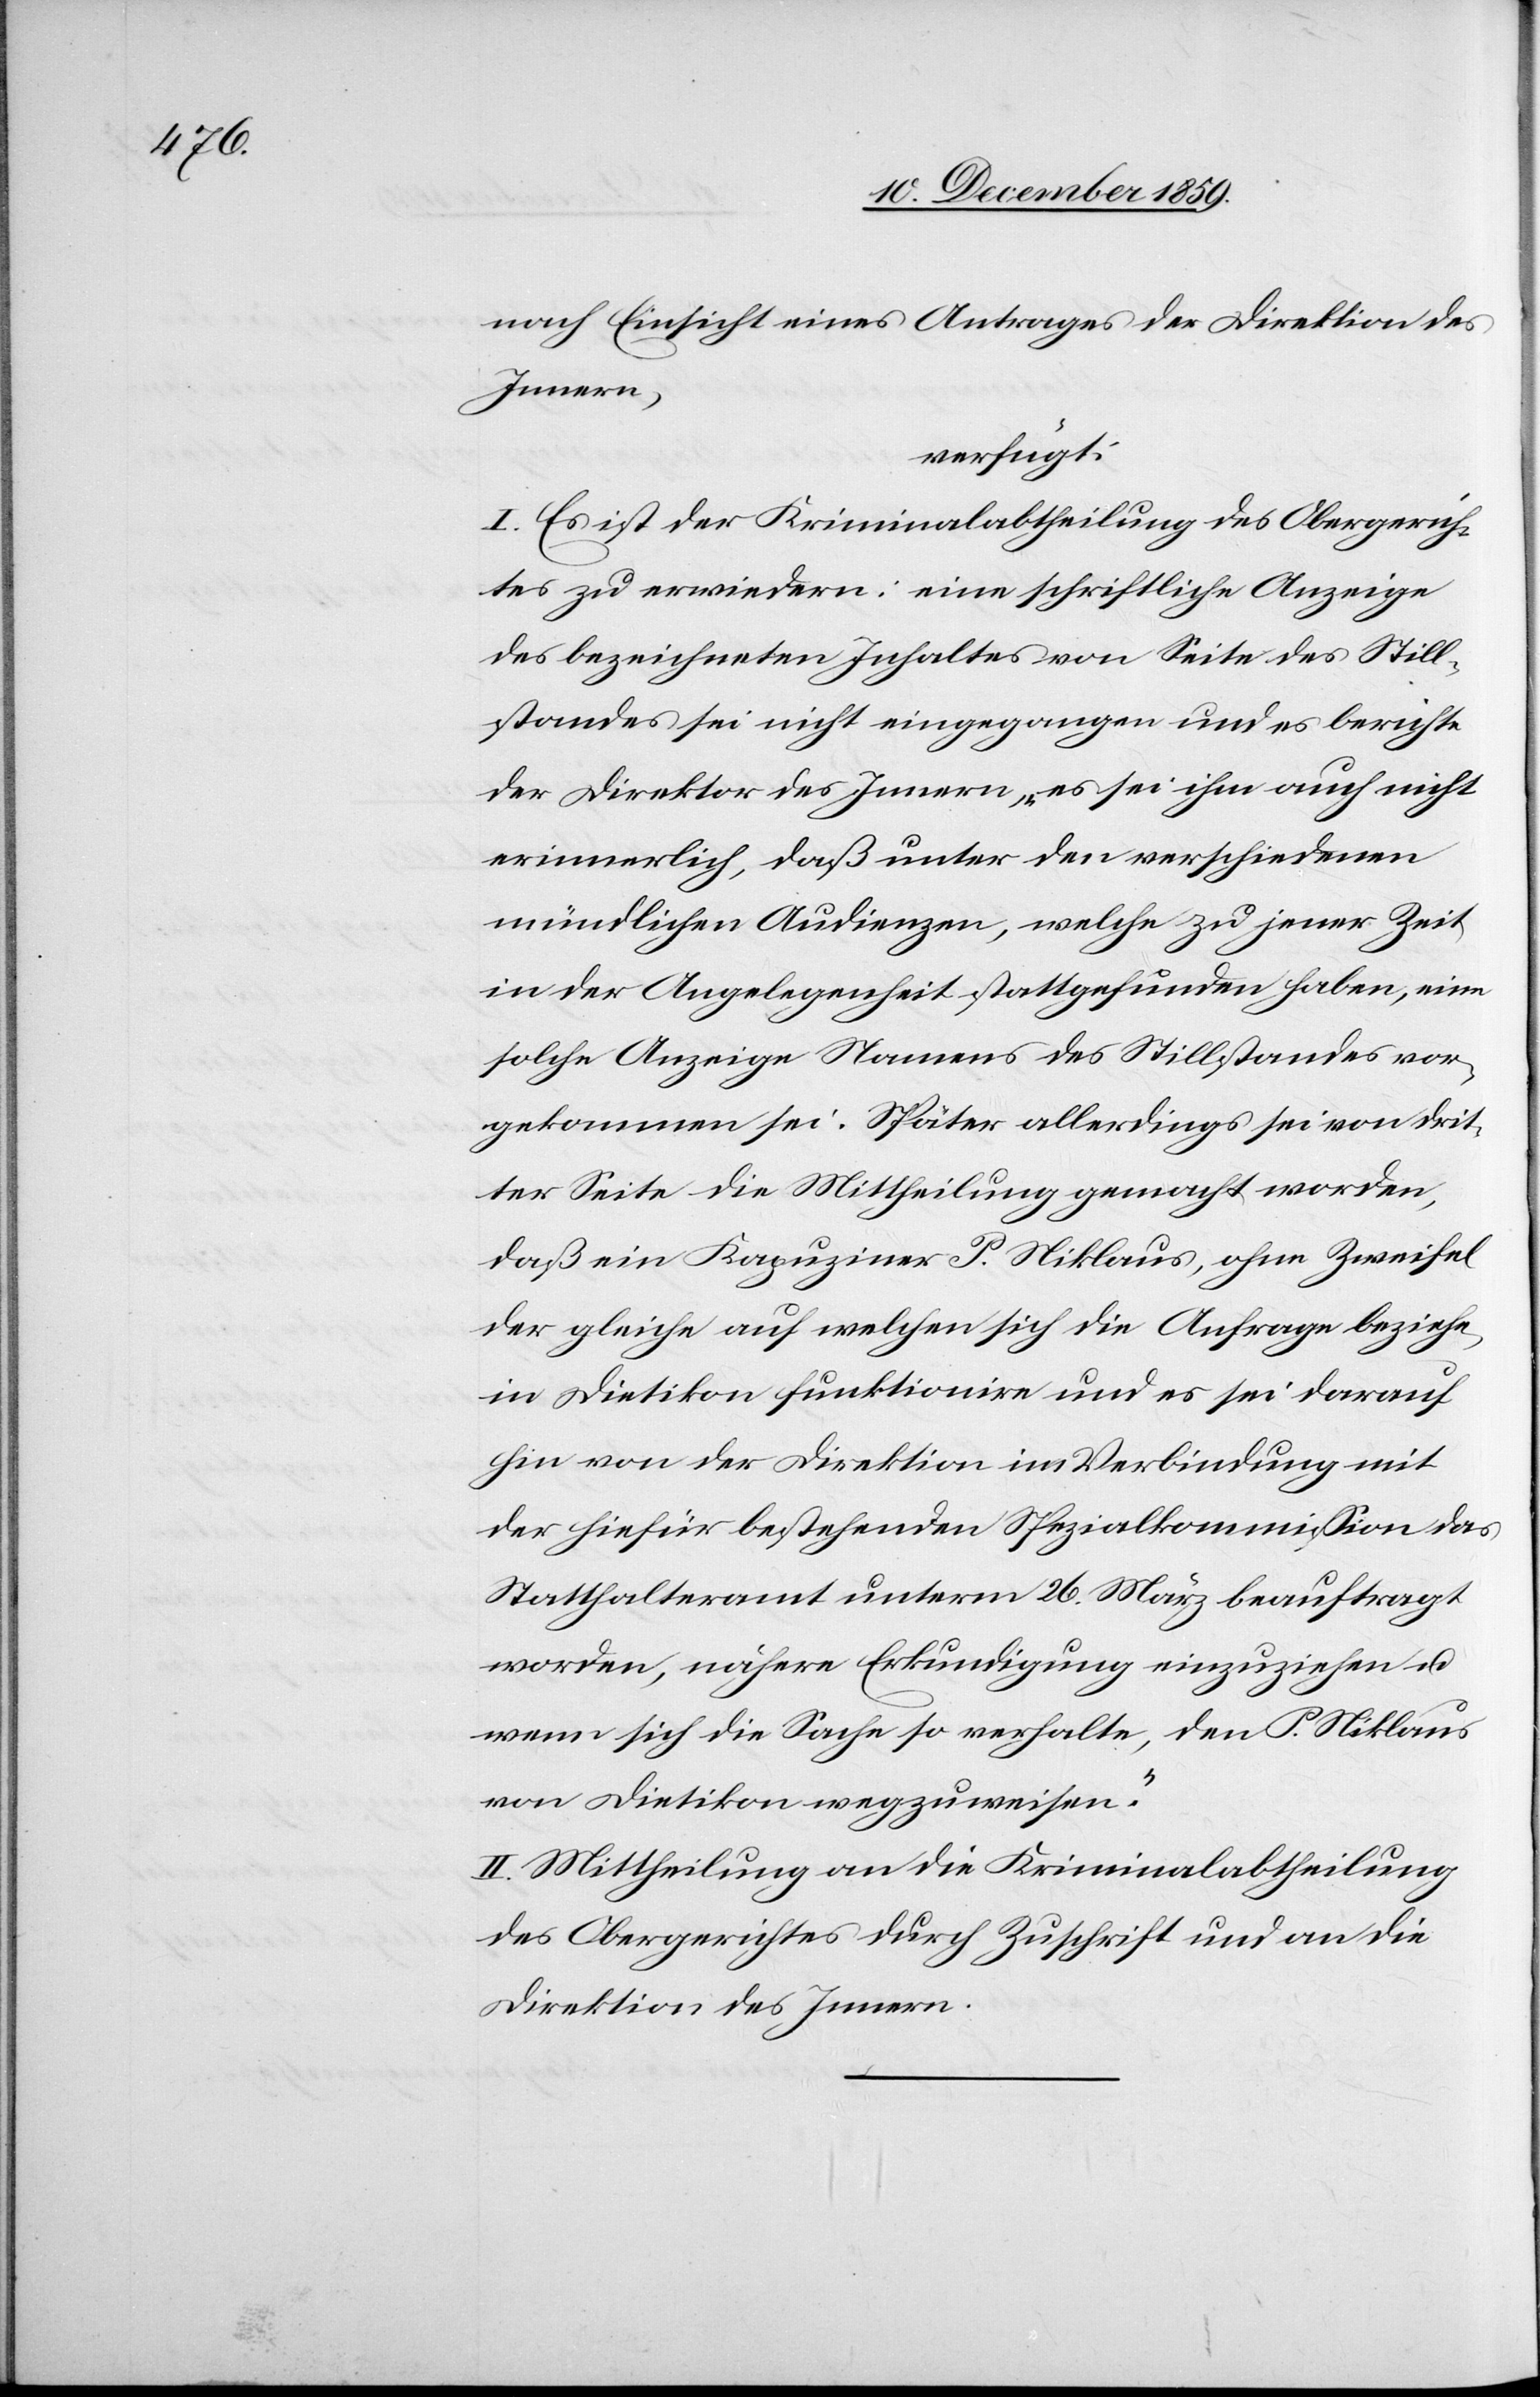
nach Einsicht eines Antrages der Direktion des
Innern,
verfügt:
I. Es ist der Kriminalabtheilung des Obergerich¬
tes zu erwiedern: eine schriftliche Anzeige
des bezeichneten Inhaltes von Seite des Still¬
standes sei nicht eingegangen und es berichte
der Direktor des Innern, „es sei ihm auch nicht
erinnerlich, daß unter den verschiedenen
mündlichen Audienzen, welche zu jener Zeit
in der Angelegenheit stattgefunden haben, eine
solche Anzeige Namens des Stillstandes vor¬
gekommen sei. Später allerdings sei von drit¬
ter Seite die Mittheilung gemacht worden,
daß ein Kapuziner P. Niklaus, ohne Zweifel
der gleiche auf welchen sich die Anfrage beziehe,
in Dietikon funktionire und es sei darauf
hin von der Direktion in Verbindung mit
der hiefür bestehenden Spezialkommission das
Statthalteramt unterm 26. März beauftragt
worden, nähere Erkundigung einzuziehen u.
wenn sich die Sache so verhalte, den P. Niklaus
von Dietikon wegzuweisen.“
II. Mittheilung an die Kriminalabtheilung
des Obergerichtes durch Zuschrift und an die
Direktion des Innern.